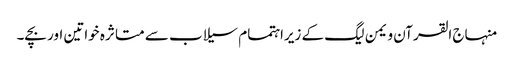
﻿ منہاج القرآن ویمن لیگ کے زیراہتمام سیلاب سے متا ثرہ خواتین اور بچے۔